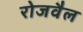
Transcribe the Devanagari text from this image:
रोजवैल